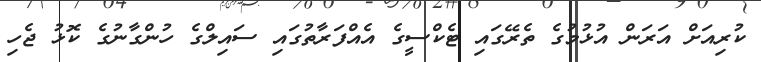
ކުރިއަށް އަރަން އުޅުމުގެ ތެރޭގައި ޓެކްސީގެ އެއްފަރާތުގައި ސައިލްގެ ހުންގާނުގެ ކޮޅު ޖެހި